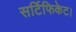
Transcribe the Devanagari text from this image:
सर्टिफिकेट।